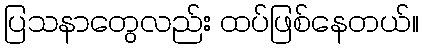
ပြသနာတွေလည်း ထပ်ဖြစ်နေတယ်။